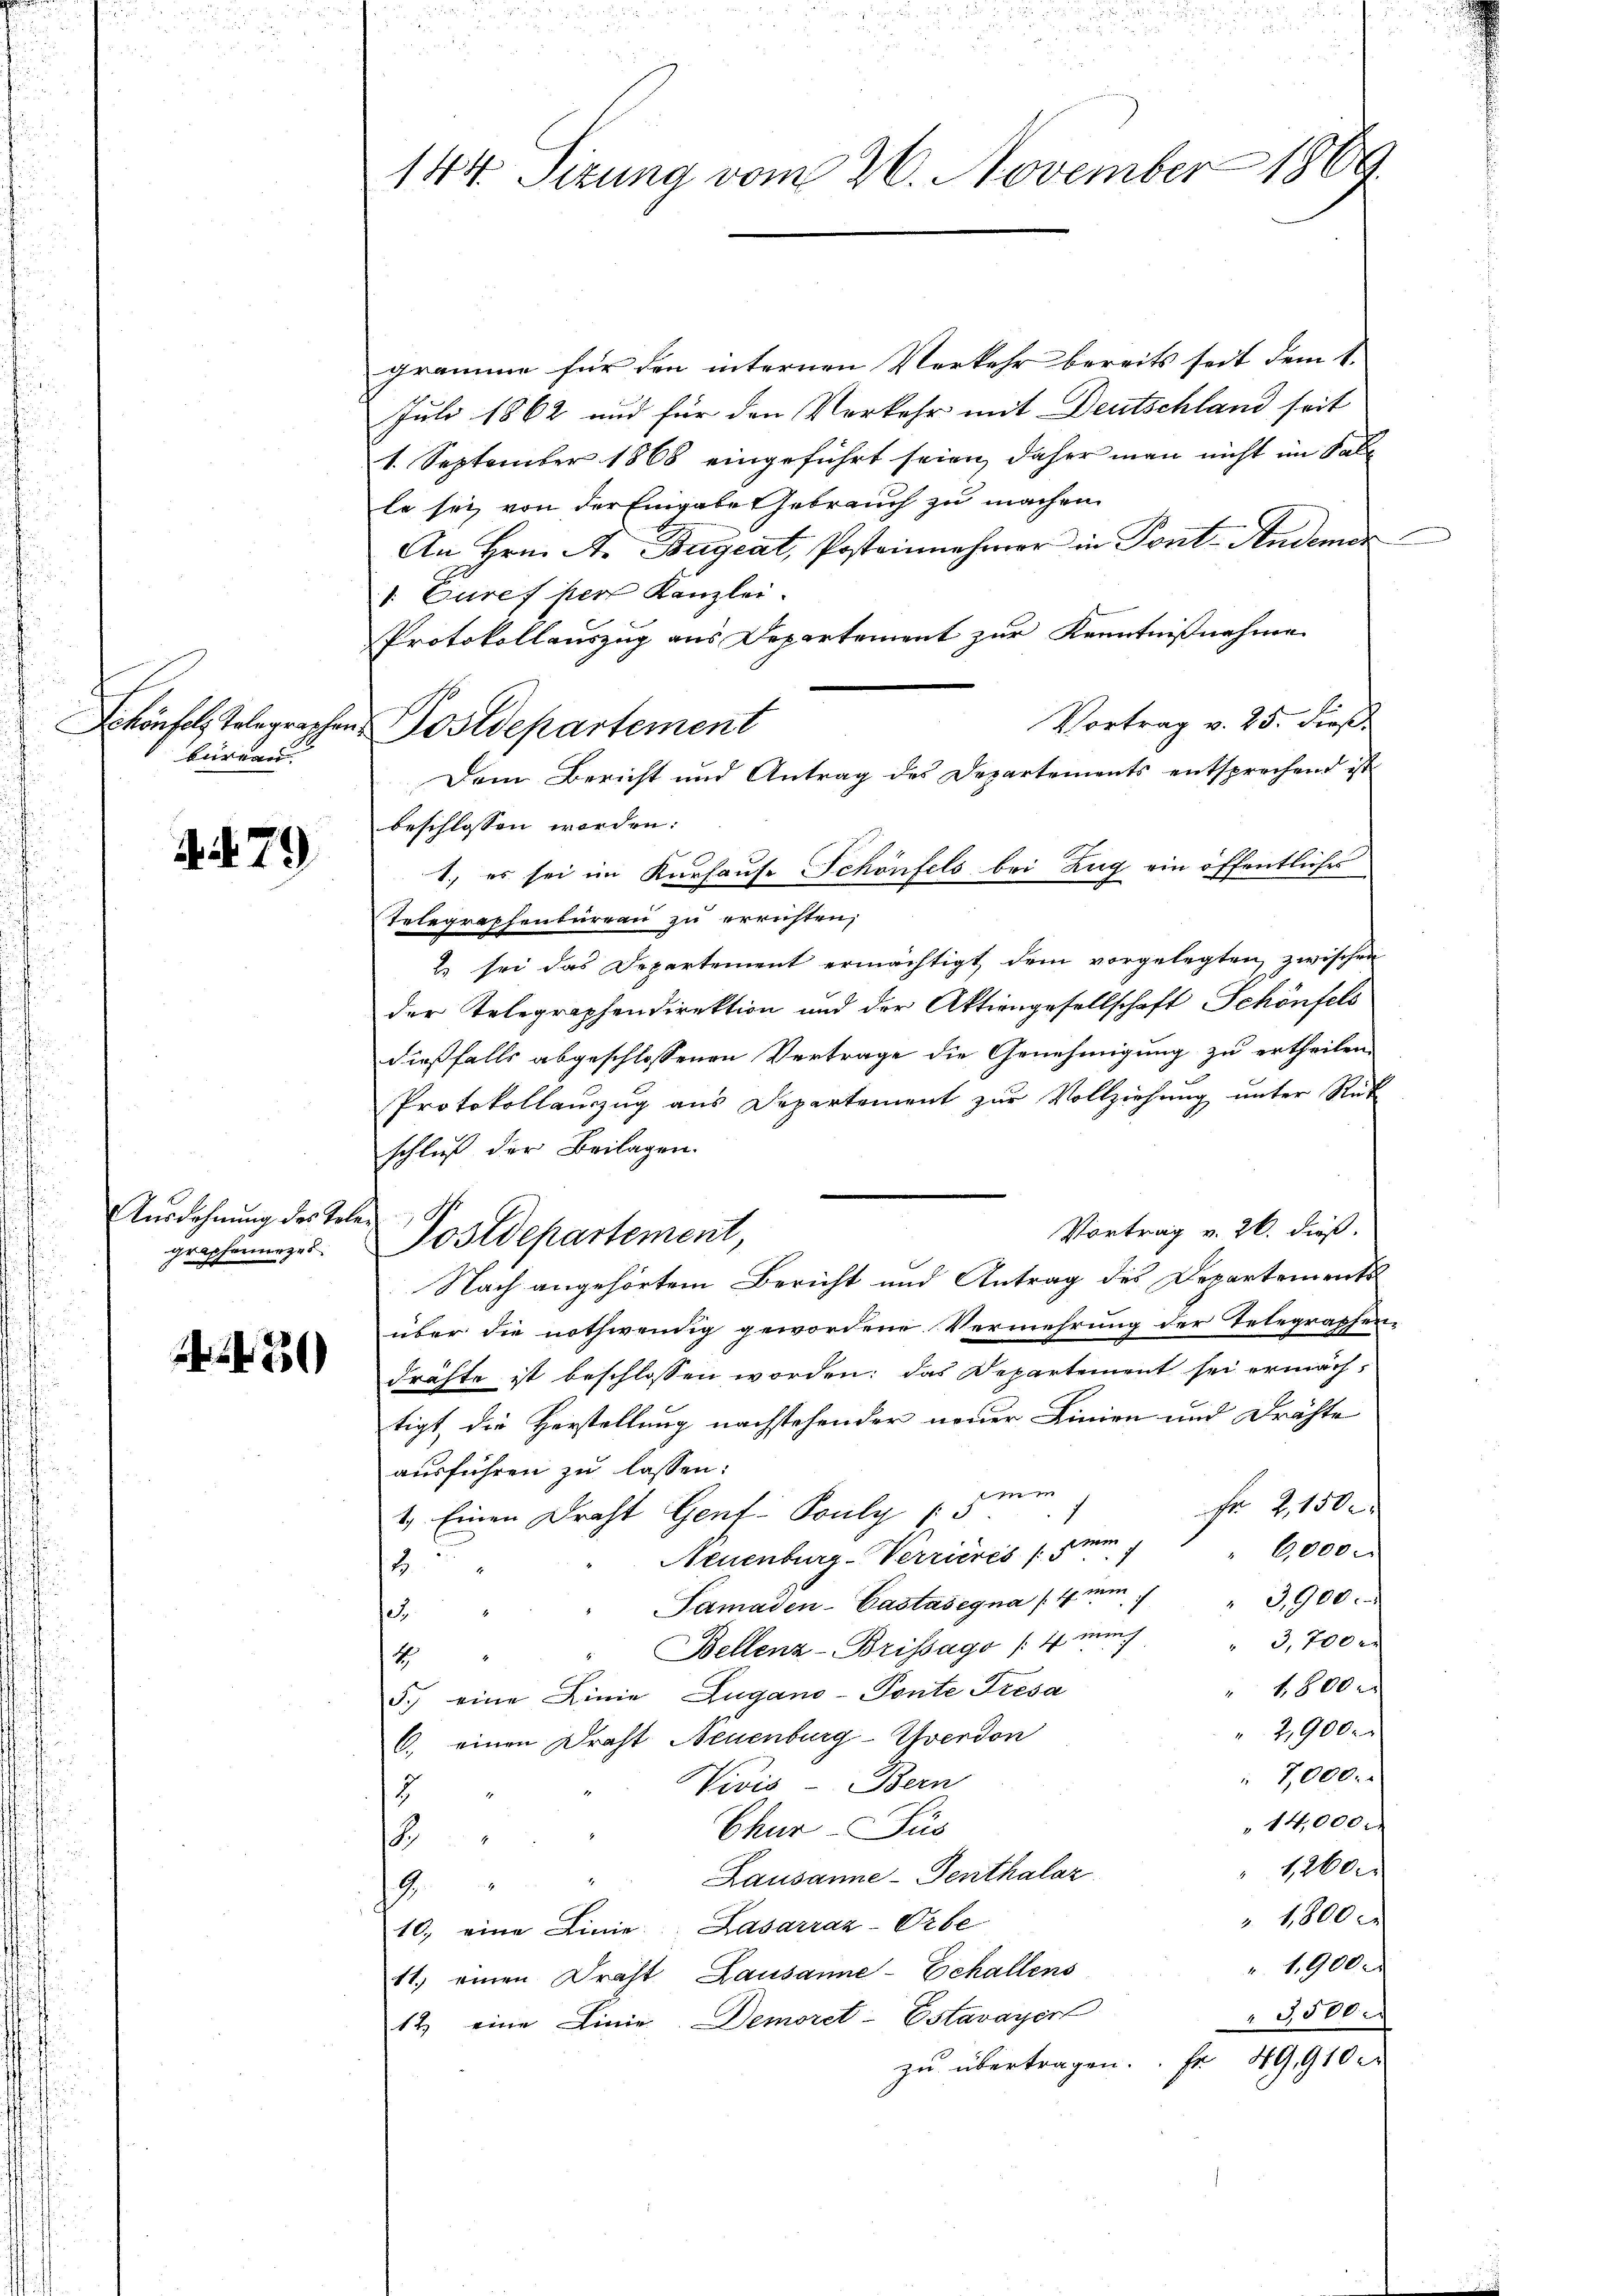
bürgen

4479

Ausdehnung des Telegraphenurzes

33)

144. Sizung vom 26. November 1869

Schönfels Telegraphen Postdepartement

gramme für den internen Verkehr bereits seit dem 1.
Juli 1862 und für den Verkehr mit Deutschland seit
1. September 1868 eingeführt seien, daher man nicht im Salle
le sei, von der Eingabe Gebrauch zu machen.
An Hrn. A. Bageat, Postennehmer in Pont. Anderer
1: Zuref per Kanzlei.
Protokollauszug aus Departement zur Kenntnißnahme
Vortrag v. 25. dieß.
Dem Bericht und Antrag des Departements entsprechend ist
beschlossen worden:
1., es sei im Kurhause Schönfels bei Zug ein öffentliches
Telegraphenbureau zu errichten,
2 sei das Departement ermächtigt, dem vorgelegten, zwischen
der Telegraphendirektion und der Aktiengesellschaft Schönfels
dießfalls abgeschlossenen Vertrage die Genehmigung zu ertheilen.
Protokollauszug aus Departement zur Vollziehung unter Rück-
schluß der Beilagen.
Vortrag v. 26. dieß.
Nach angehörtem Bericht und Antrag des Departements
über die nothwendig gewordene Vermehrung der Telegraphendrähte ist beschlossen worden; das Departement sei ermächtigt, die Herstellung nachstehender neuer Linien und Drähte
ausführen zu lassen:
Fr. 2, 1500
1.) Einen Draht Gent-Pouly (mi
"6,000.
u
Neuenburg-Verrieres (mi
14
Samaden-Castasegna (4mm. 13,900.
13.
Bellenz-Brissago /4 nm 3,700 r
4
 1800 x
5.) eine Linie Zugano - Ponte Tresa
2,900.
6.) einen Draht Neuenburg-Yverdon
7,000.
Vivis - Bern
2
14,000
Chur-Jus
S
 1,260
Lausanne-Genthalaz
19.
 1,800 r
10, eine Linie-Lasarraz-Orbe
 1900
11.) einen Draht Lausanne-Echallens
3,500.
12. eine Linie. Demoret-Estavayer
zu übertragen. Fr. 49,910

Postdepartement,